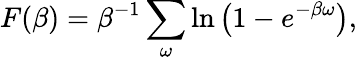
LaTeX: F(\beta)=\beta^{-1}\sum_{\omega}\ln\left(1-e^{-\beta\omega}\right),